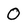
Character: O